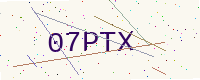
Text: 07PTX